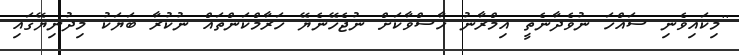
''މިކައިވެނި ސައްހަ ނުވެދާނެތީ އިމްރާނު ހާސްވާކަށް ނުޖެހޭނެޔޭ ހަރާމްކަންތައް ނުކުރާ ބަޔަކު މިދުނިޔޭގައި